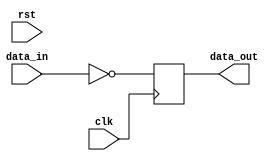
module sequential_logic(input wire rst, input wire clk,
                         input wire [7:0] data_in,
                         output wire [7:0] data_out);

// Define registers to store data
reg [7:0] reg_data;

// Behavioral modeling block triggered on positive edge of reset signal
always @(posedge rst) begin
  // Reset the register when rst transitions from low to high
  if (rst) begin
    reg_data <= 8'b0;
  end
end

// Other logic operations using clk signal
always @(posedge clk) begin
  // Example: data_out is the complement of data_in
  data_out <= ~data_in;
end

endmodule